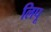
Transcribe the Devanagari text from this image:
लिपू